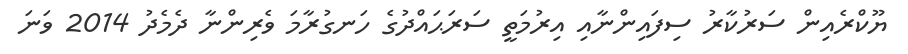
ޔޫކްރެއިން ސަރުކާރު ސިފައިންނާއި އިރުމަތީ ސަރަޙައްދުގެ ހަނގުރާމަ ވެރިންނާ ދެމެދު 2014 ވަނަ